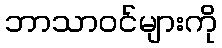
ဘာသာဝင်များကို